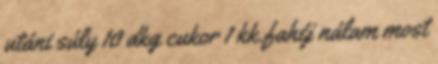
utáni súly 10 dkg cukor 1 kk.fahéj nálam most